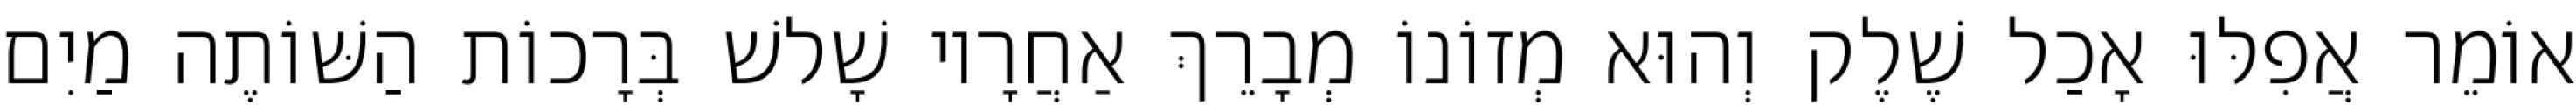
אוֹמֵר אֲפִלּוּ אָכַל שֶׁלֶק וְהוּא מְזוֹנוֹ מְבָרֵךְ אַחֲרָיו שָׁלשׁ בְּרָכוֹת הַשּׁוֹתֶה מַיִם